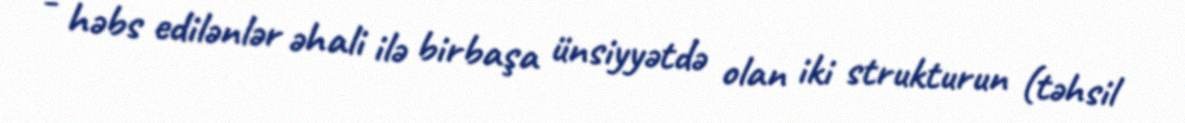
- həbs edilənlər əhali ilə birbaşa ünsiyyətdə olan iki strukturun (təhsil